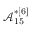
\mathcal { A } _ { 1 5 } ^ { * [ 6 ] }